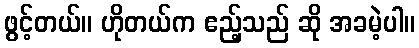
ဖွင့်တယ်။ ဟိုတယ်က ဧည့်သည် ဆို အခမဲ့ပါ။